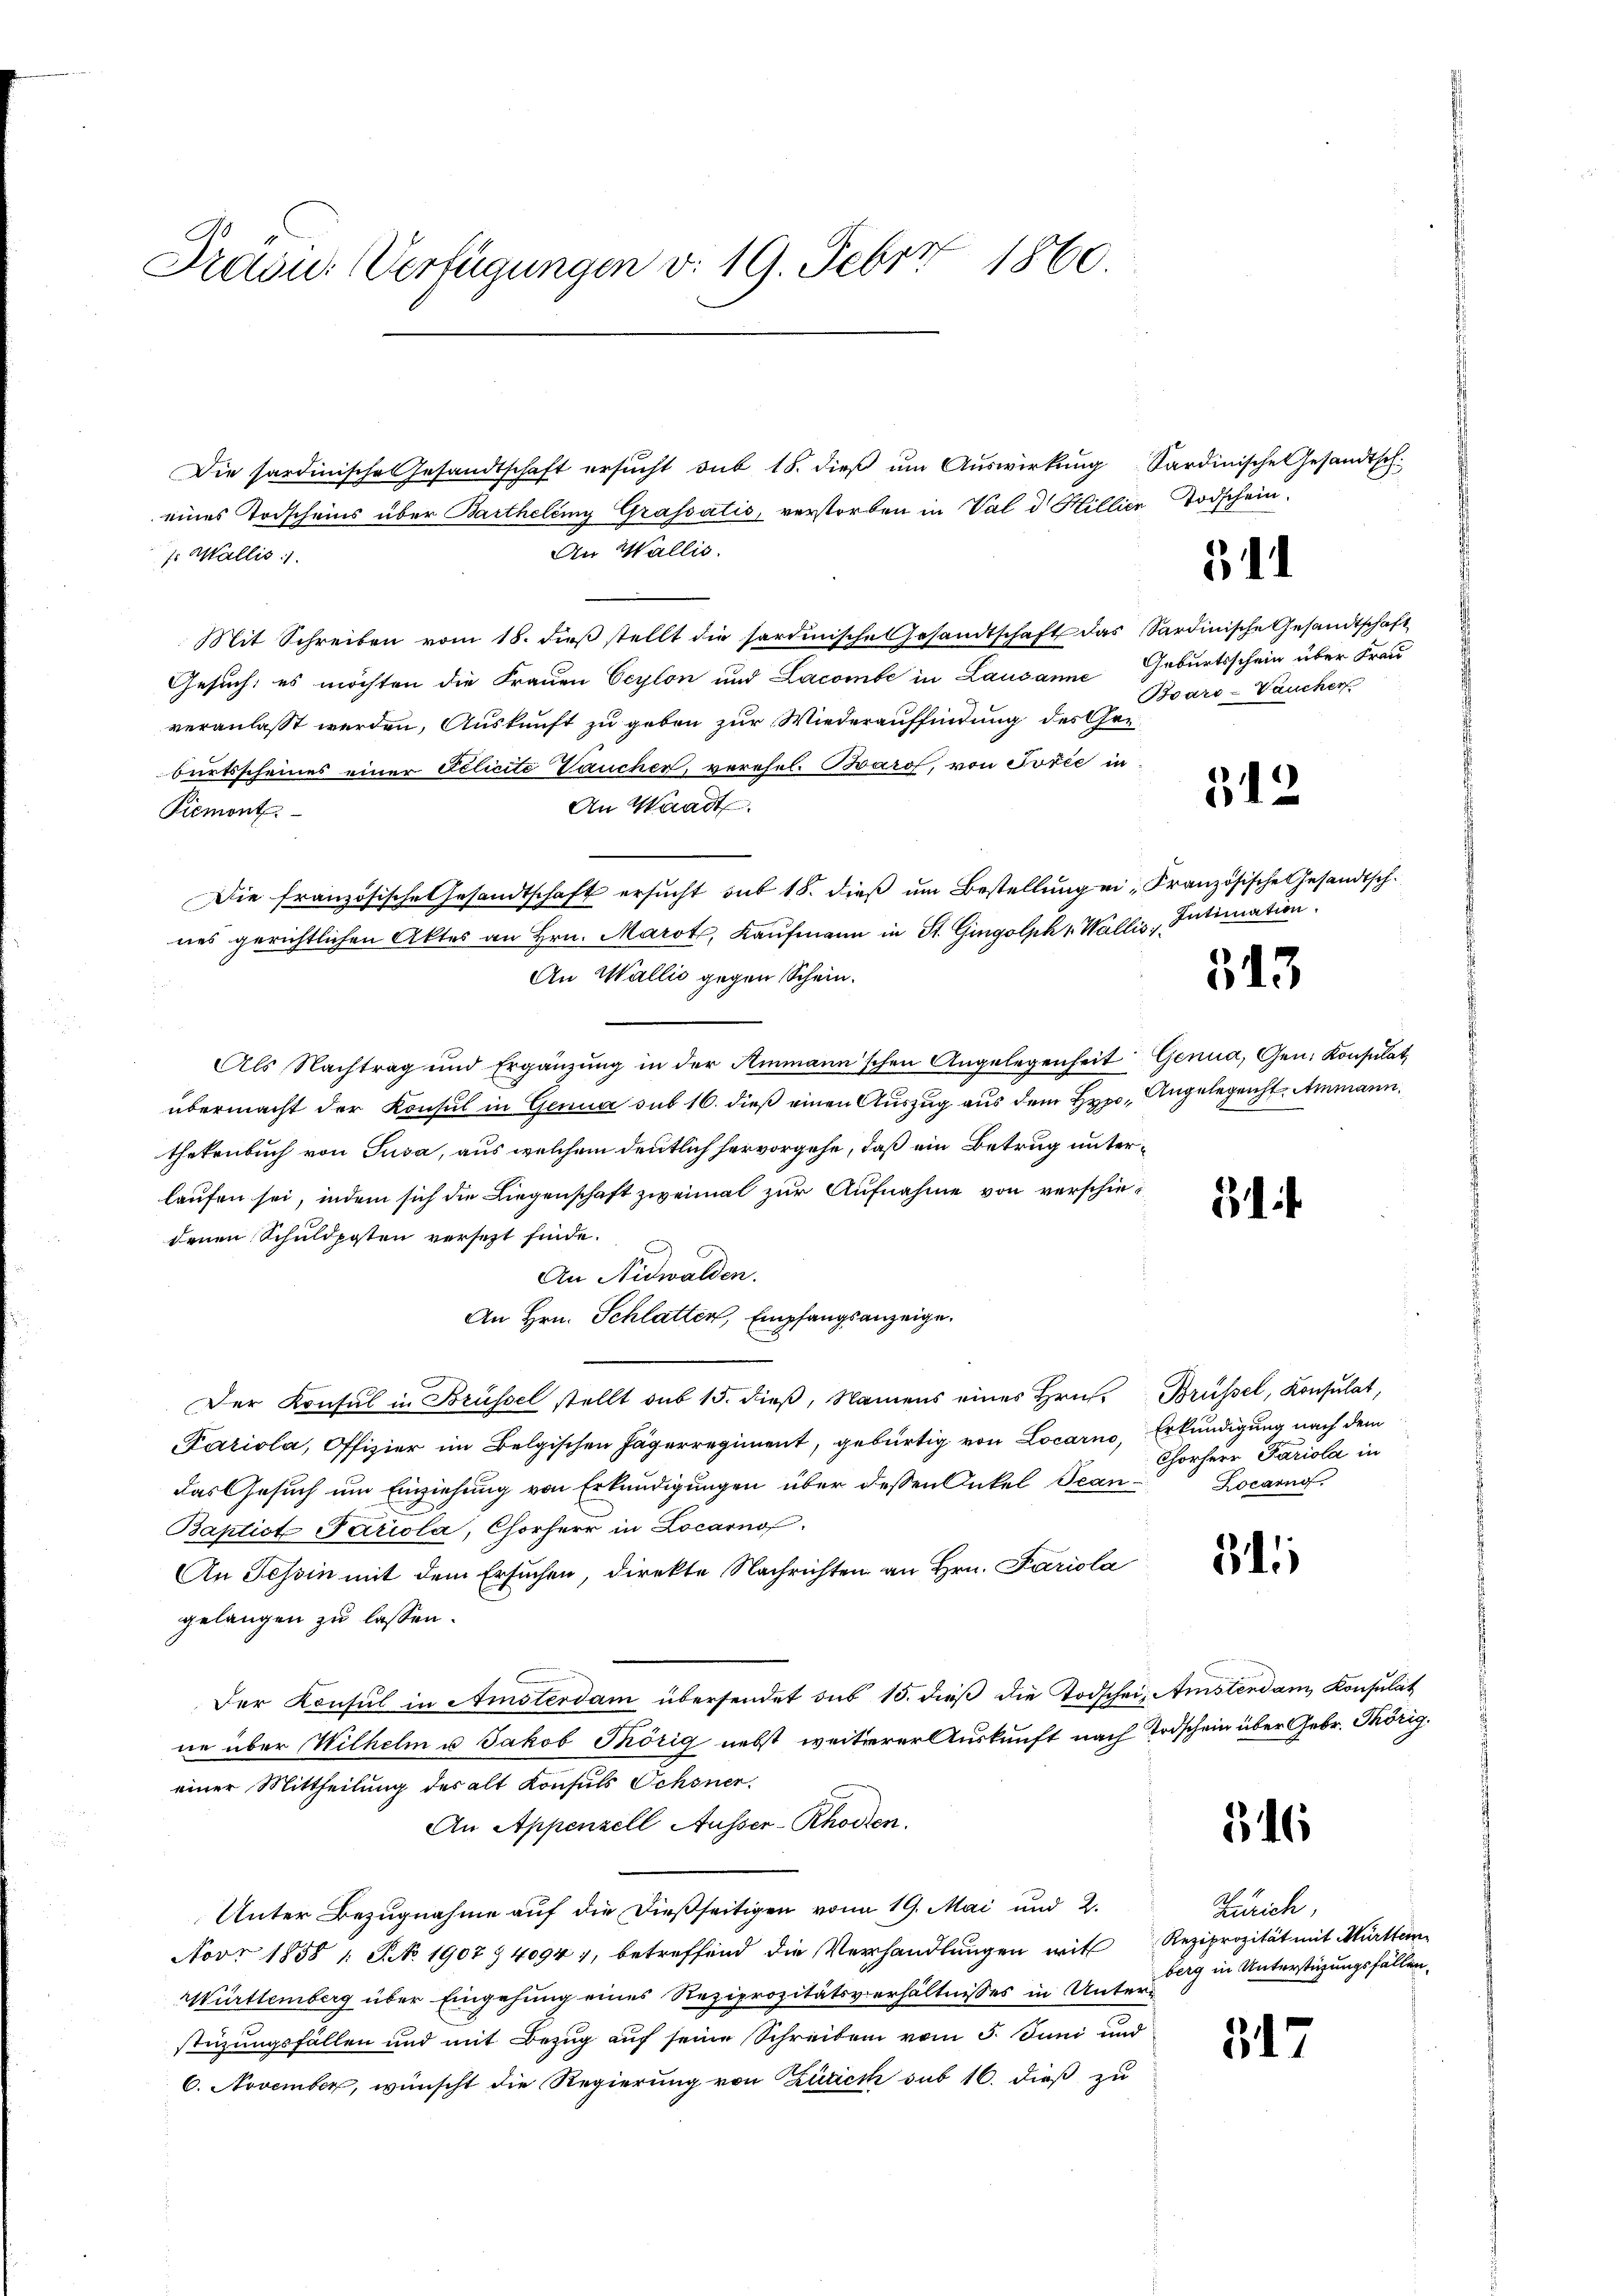
1860.
Train. Verfügungen v. 19. Febrr

Die Sardinische Gesandtschaft ersŭcht sub 18. dieβ ŭm Aŭswirkung Sardinische Gesandtsch.
eines Todscheins über Bartheleny Grassatis, verstorben in Val d. Hillier Todschein.
An Wallis.
f. Wallis
Mit Schreiben vom 18. dieβ stellt die sardinische Gesandtschaft das Sardinische Gesandtschaft
Gesuch, es möchten die Frauen Ceylon und Lacombe in Lausanne Geburtsschein über Frau
veranlasst werden, Auskunft zu geben zur Wiederauffindung des Gerburtsscheines einer Eclicite Vaucher, verehel. Barof, von Tošić in
An Waadt.
Piemont.
Die französische Gesandtschaft ersucht aus 18. dieß um Bestellung ei Französische Gesandtsch.
nes gerichtlichen Aktes an Hrn. Marot, Kaufmann in St. Gingolph v. Wallis „Intimation
An Wallis gegen Schein.
Als Nachtrag und Ergänzŭng in der Ammann'schen Angelegenheit Genua, Gen. Konsulat
übermacht der Konsul in Genua sub 16. dieß einen Auszug aus dem Hypo, Angelegenst. Ammann.
thekenbuch von Susa, aus welchem deutlich hervorgehe, daß ein Betrug unterlaufen sei, indem sich die Liegenschaft zweimal zur Aufnahme von verschiedenen Schuldposten versetzt finde.
An Nidwalden.
An Hrn. Schlatten, Empfangsanzeige.
Der Konsul in Brüssel stellt sub 15. dieβ, Namens eines Hrn. Brüssel, Konsulat,
Fariola, Offizier im Belgischen Jägerregiment, gebürtig von Locarno, Erkundigung nach dem
Das Gesuch um Einziehung von Erkundigungen über dessen Onkel Tean¬
Baptist Pariola, Chorherr in Locarno.
An Tessin mit dem Ersuchen, direkte Nachrichten an Hrn. Pariola
gelangen zu lassen.
Der Konsul in Amsterdam übersendet sub 15. dieß die Todschein Amsterdam Konsulat
ne über Wilhelm u Jakob Thörig nebst weiterer Auskunft nach Todschein über Gebr. Thörig.
einer Mittheilung des alt Konsuls Ochsner,
An Appenzell Ausser-Rhoden.
Unter Bezugnahme auf die dießseitigen von 19. Mai und 2.
Novr 1858 1 S. NNo. 1907. 40947, betreffend die Verhandlungen will Reziprozität mit Murtei
Württemberg über Eingehung eines Reziprozitätsverhältnisses in Unterstüzungsfällen und mit Bezug auf seine Schreiben vom 5. Juni und
6. November, wünscht die Regierung von Zürich sub 16. dieß zu

511

Bvars-Vaucher

512

313

Chorherr Pariola in
Locarno.

3

i

316

Zürich,
berg in Unterstüzungsfällen.

317